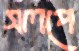
সলপে